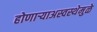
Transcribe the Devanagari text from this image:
होणाऱ्याअस्वस्थेमुळे